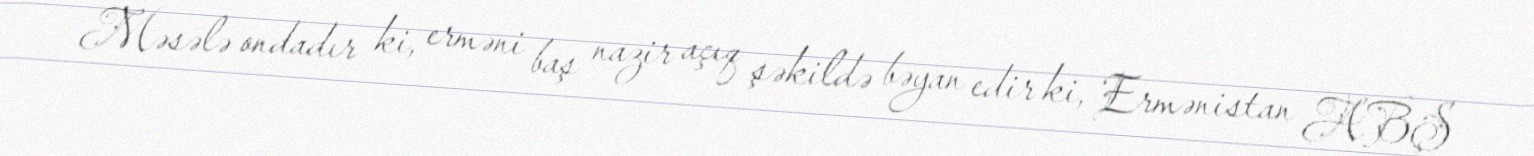
Məsələ ondadır ki, erməni baş nazir açıq şəkildə bəyan edir ki, Ermənistan ABŞ